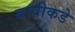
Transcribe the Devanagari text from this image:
बावीकडे